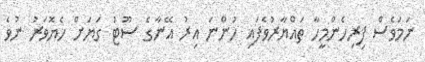
ނަމަވެސް ފިރިހެންމީހާ ތައްޔާރުވެފައި ހުންނަ އިރު އޭނާގެ ސޫޓު ގަޔަށް ހެޔޮވަރު ނުވެ